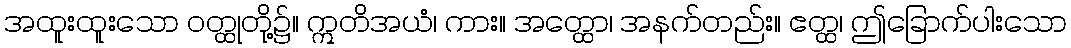
အထူးထူးသော ဝတ္ထုတို့၌။ ဣတိအယံ၊ ကား။ အတ္ထော၊ အနက်တည်း။ ဧတ္ထ၊ ဤခြောက်ပါးသော